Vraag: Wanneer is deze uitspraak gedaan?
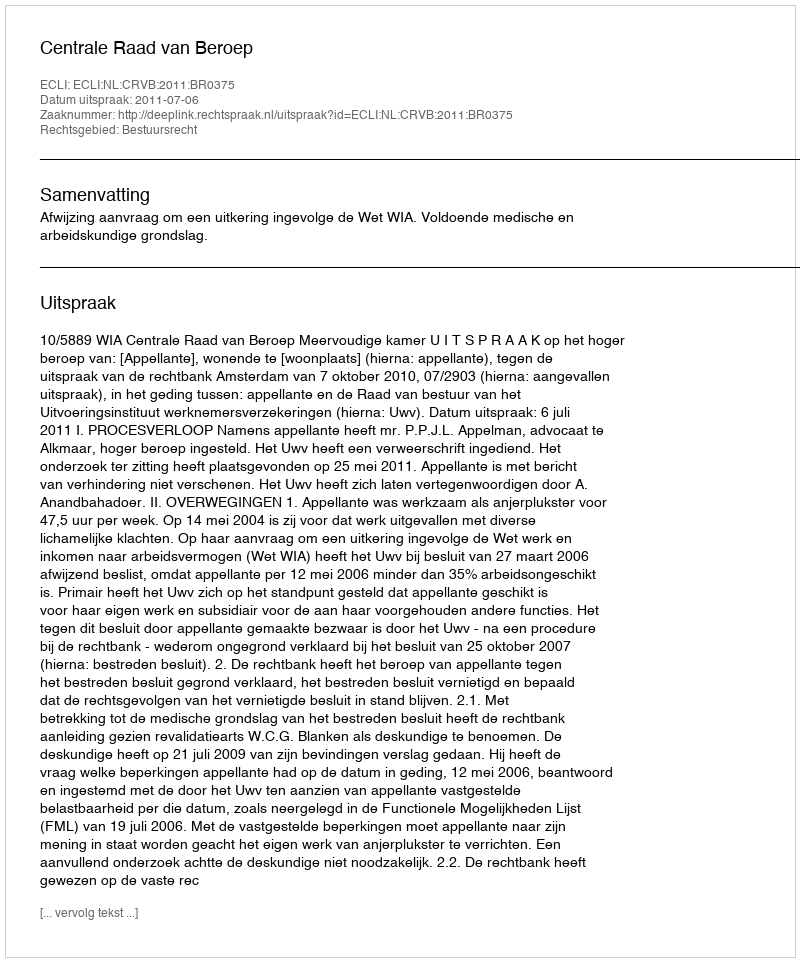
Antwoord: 2011-07-06